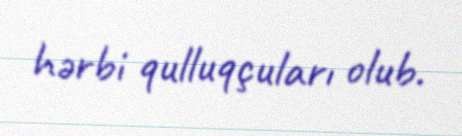
hərbi qulluqçuları olub.